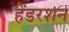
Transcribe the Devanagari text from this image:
हेंडरशन